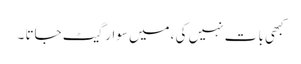
کبھی با ت نہیں کی ،میں سوار گیٹ جاتا ۔